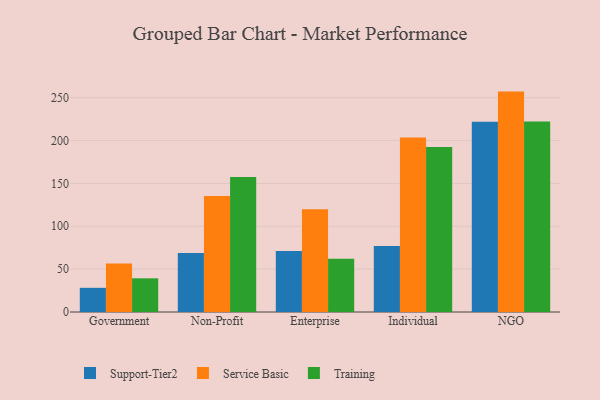
{"axis": {"x": "Segment", "y": "Energy Usage (MWh)"}, "legend": ["Service Basic", "Support-Tier2", "Training"], "data": [{"x": "Government", "y": 28.2, "type": "Support-Tier2"}, {"x": "Government", "y": 56.6, "type": "Service Basic"}, {"x": "Government", "y": 39.3, "type": "Training"}, {"x": "Non-Profit", "y": 68.8, "type": "Support-Tier2"}, {"x": "Non-Profit", "y": 135.3, "type": "Service Basic"}, {"x": "Non-Profit", "y": 157.6, "type": "Training"}, {"x": "Enterprise", "y": 71.1, "type": "Support-Tier2"}, {"x": "Enterprise", "y": 120.0, "type": "Service Basic"}, {"x": "Enterprise", "y": 62.1, "type": "Training"}, {"x": "Individual", "y": 77.1, "type": "Support-Tier2"}, {"x": "Individual", "y": 203.6, "type": "Service Basic"}, {"x": "Individual", "y": 192.4, "type": "Training"}, {"x": "NGO", "y": 222.0, "type": "Support-Tier2"}, {"x": "NGO", "y": 257.1, "type": "Service Basic"}, {"x": "NGO", "y": 222.1, "type": "Training"}]}